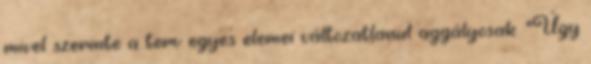
mivel szerinte a terv egyes elemei változatlanul aggályosak. "Úgy